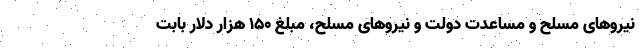
نیروهای مسلح و مساعدت دولت و نیروهای مسلح، مبلغ ۱۵۰ هزار دلار بابت